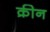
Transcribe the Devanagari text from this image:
क्रीन